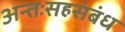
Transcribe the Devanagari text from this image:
अन्तःसहसंबंध